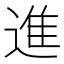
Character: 進